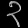
Digit: ၃